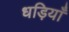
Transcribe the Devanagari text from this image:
धड़ियाँ